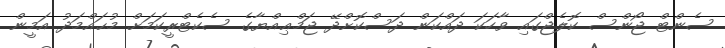
ސެންޓް ޖޯންސް ކޮލެޖްގައި ވާހަކަ ދައްކަން ދަސްކޮށްދޭ ޖަމްޢިއްޔާގެ ސެކެޓްރީކަމަށް މުޙައްމަދު އަމީން